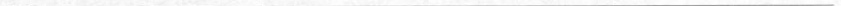
___